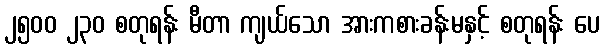
၂၅၀၀ ၂၃၀ စတုရန်း မီတာ ကျယ်သော အားကစားခန်းမနှင့် စတုရန်း ပေ